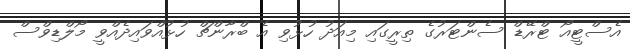
އެސްޓީއޯ ޓްރޭޑް ސެންޓަރުގެ ތިރީގައި މިއަދު ހުޅުވި އެ ބްރާންޗް ހުޅުއްވައިދެއްވީ މޯލްޑިވްސް